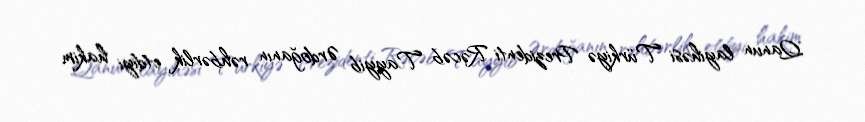
Qanun layihəsi Türkiyə Prezidenti Rəcəb Tayyib Ərdoğanın rəhbərlik etdiyi hakim